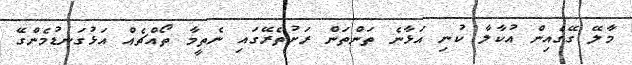
މާލޭ ގޭގެއިން އުކާލާ ކުނި އަޅާނެ ތަންތަން ރަށުތެރޭގައި ނެތީމާ ތޯއްޗެއް އަޅުގަނޑުމެންގޭ